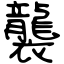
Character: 襲